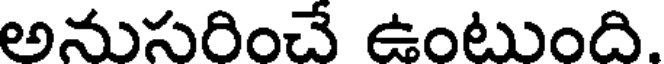
అనుసరించే ఉంటుంది.